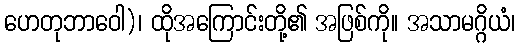
ဟေတုဘာဝေါ)၊ ထိုအကြောင်းတို့၏ အဖြစ်ကို။ အသာမဂ္ဂိယံ၊